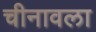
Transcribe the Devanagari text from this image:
चीनावला